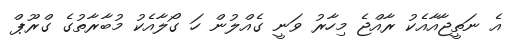
އެ ނަތީޖާއާއެކު ރާއްޖެ މިހާރު ވަނީ ގެއްލުން ހަ ގޯލާއެކު މުބާރާތުގެ ގްރޫޕް